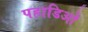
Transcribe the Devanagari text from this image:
पहाडिओं